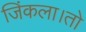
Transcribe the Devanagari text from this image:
जिंकला।तो